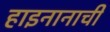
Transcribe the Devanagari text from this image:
हाइनानाची